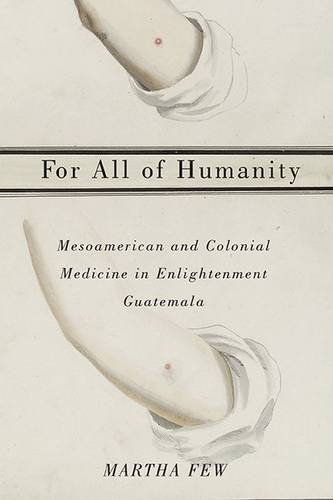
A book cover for For All of Humanity: Mesoamerican and Colonial Medicine in Enlightenment Guatemala; Martha Few; History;